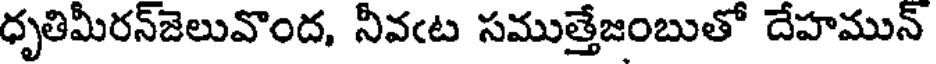
ధృతిమీరన్జెలువొంద, నీవఁట సముత్తేజంబుతో దేహమున్